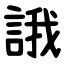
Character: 誐